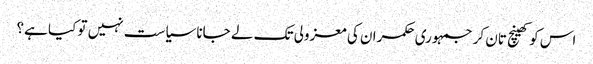
اس کو کھینچ تان کر جمہوری حکمران کی معزولی تک لے جانا سیاست نہیں تو کیا ہے؟